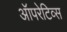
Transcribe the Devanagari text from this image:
ऑपरेटिव्स